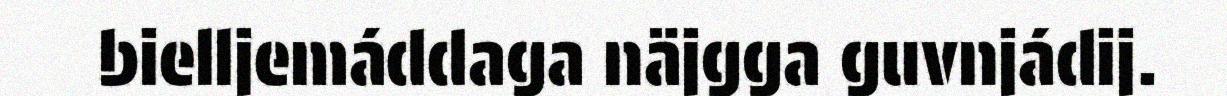
bielljemáddaga näjgga guvnjádij.